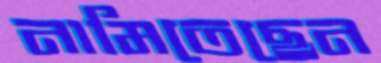
নামিতেছেন